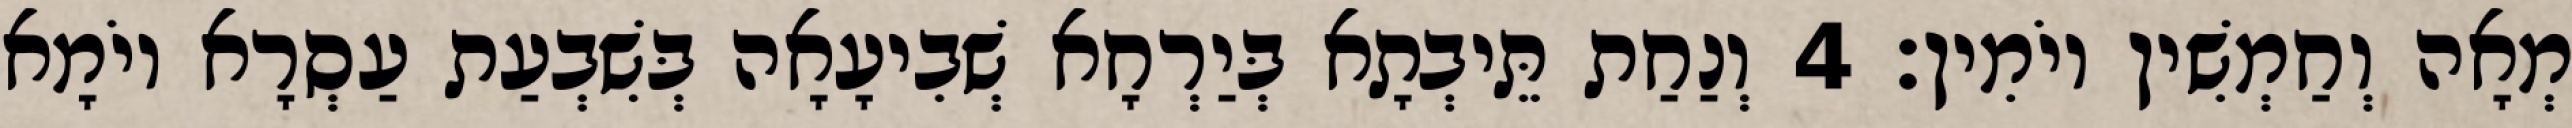
מְאָה וְחַמְשִׁין יוֹמִין׃ 4 וְנַחַת תֵּיבְתָא בְּיַרְחָא שְׁבִיעָאָה בְּשִׁבְעַת עַסְרָא יוֹמָא